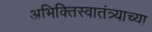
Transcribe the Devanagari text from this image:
अभिक्तिस्वातंत्र्याच्या